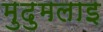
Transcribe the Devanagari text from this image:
मुदुमलाइ